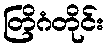
တြိဂံတိုင်း